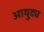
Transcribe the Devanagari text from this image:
आयुद्य